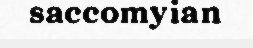
saccomyian